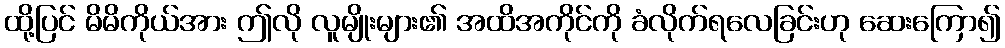
ထို့ပြင် မိမိကိုယ်အား ဤလို လူမျိုးများ၏ အထိအကိုင်ကို ခံလိုက်ရလေခြင်းဟု ဆေးကြော၍